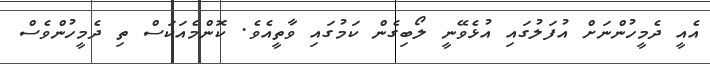
އެއީ ދެމީހުންނަށް އުފަލުގައި އުޅެވޭނީ ލޯބިގެން ކަމުގައި ވާތީއެވެ. ކޮންމެއަކަސް ތި ދެމީހުންވެސް